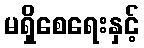
မရှိစေရေးနှင့်